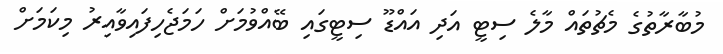
މުބާރާތުގެ މެޗުތައް މާލެ ސިޓީ އަދި އައްޑޫ ސިޓީގައި ބޭއްވުމަށް ހަމަޖެހިފައިވާއިރު މިކަމަށް